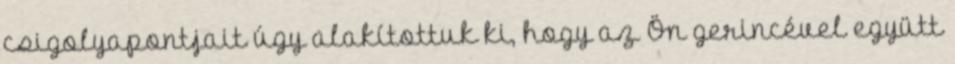
csigolyapontjait úgy alakítottuk ki, hogy az Ön gerincével együtt